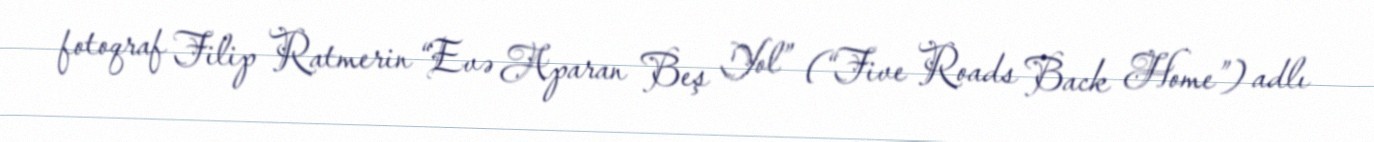
fotoqraf Filip Ratmerin “Evə Aparan Beş Yol” (“Five Roads Back Home”) adlı